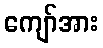
ကျော်အား